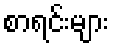
စာရင်းများ